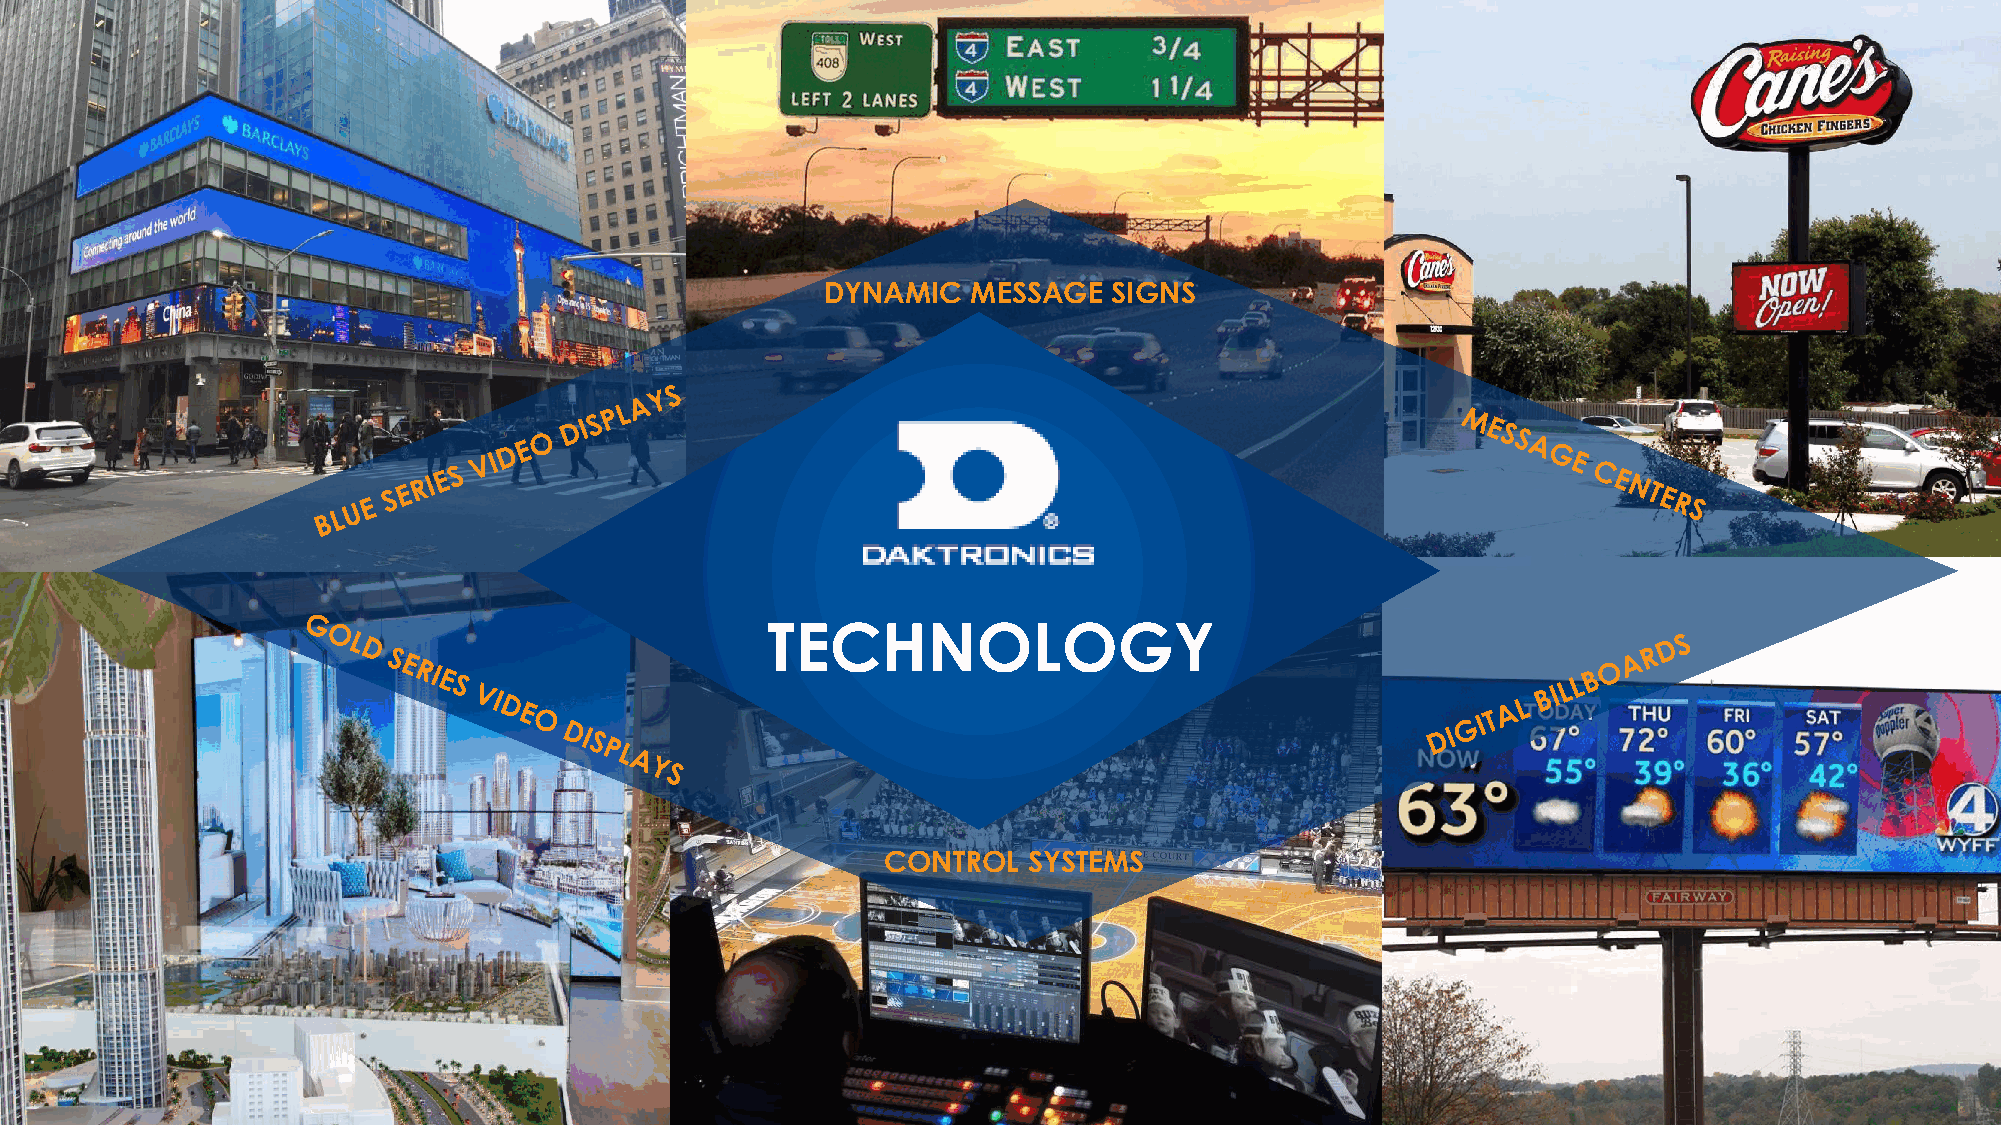
Application                                  of      Technology
 PRODUCT          PLATFORMS
 DYNAMIC   MESSAGE   SIGNS
 TECHNOLOGY
 CONTROL  SYSTEMS